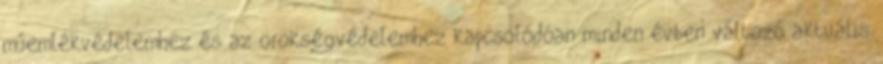
műemlékvédelemhez és az örökségvédelemhez kapcsolódóan minden évben változó aktuális